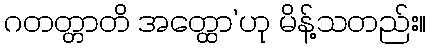
ဂတတ္တာတိ အတ္ထော’ဟု မိန့်သတည်း။